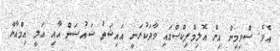
އެވެ. ސްވިމިން އިން އޮލިމްޕިކްސްގައި ވާދަކުރަނީ އައިޝަތު ޝައުސަން އާއި އަލީ އިމްއާން